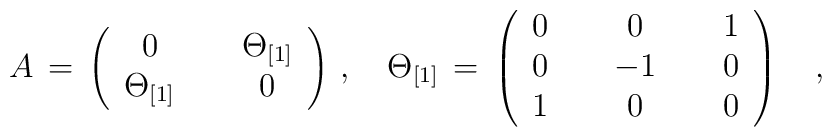
A\,=\,\left(\begin{array}{ccc}0&{\,\,}&\Theta_{[1]}\\\Theta_{[1]}&{\,\,}&0\end{array}\right)\,,\quad\Theta_{[1]}\,=\,\left(\begin{array}{ccccc}0&{\,\,}&0&{\,\,}&1\\0&{\,\,}&-1&{\,\,}&0\\1&{\,\,}&0&{\,\,}&0\end{array}\right)\quad,